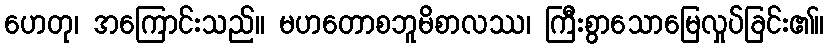
ဟေတု၊ အကြောင်းသည်။ မဟတောစဘူမိစာလဿ၊ ကြီးစွာသောမြေလှုပ်ခြင်း၏။